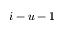
i - u - 1